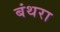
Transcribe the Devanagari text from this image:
बंथरा